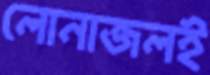
লোনাজলই